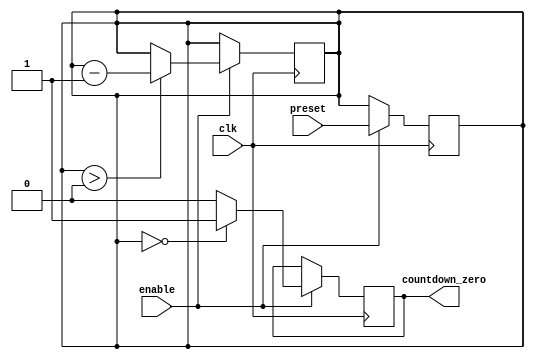
module CountdownTimer(
    input wire clk,
    input wire enable,
    input wire [7:0] preset,
    output reg countdown_zero
);

reg [7:0] count;

always @(posedge clk) begin
    if(enable) begin
        if(count > 0) begin
            count <= count - 1;
        end
        if(count == 0) begin
            countdown_zero <= 1;
        end else begin
            countdown_zero <= 0;
        end
    end
end

always @(posedge clk) begin
    if(enable) begin
        count <= preset;
    end
end

endmodule